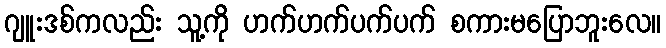
ဂျူးဒစ်ကလည်း သူ့ကို ဟက်ဟက်ပက်ပက် စကားမပြောဘူးလေ။